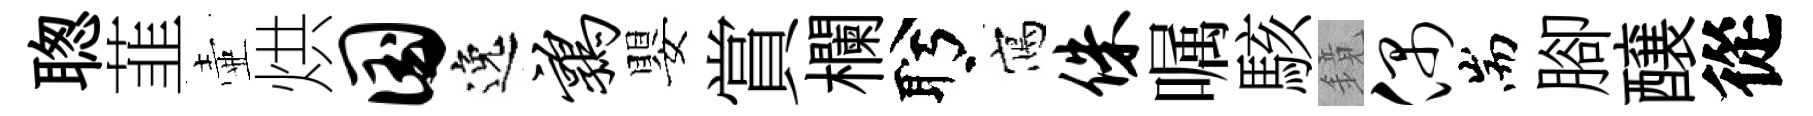
聦韮壷烘国逸鹑嬰賞欄盻寫侏嘱駭鏡偶耑腳醸從